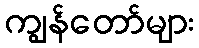
ကျွန်တော်များ